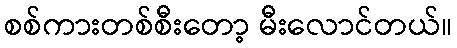
စစ်ကားတစ်စီးတော့ မီးလောင်တယ်။